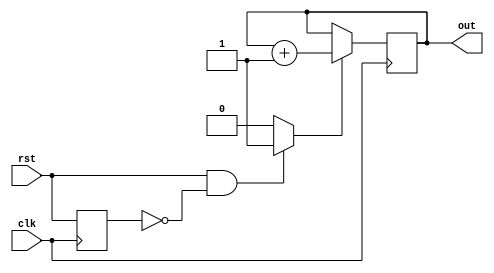
module button (
    input clk,  // clock
    input rst,  // reset
    output[7:0] out
  );
  
  reg [7:0] counter = 8'b0;
  assign out = counter;
  
  reg oldRst, rstPressed;

  /* Combinational Logic */
  always @* begin
    if (rst) begin
      //counter[0] = ~counter[0];
    end
    
    if (rst&&!oldRst) begin
      rstPressed = 1;
    end else begin
      rstPressed = 0;
    end
  end
  
  /* Sequential Logic */
  always @(posedge clk) begin
    oldRst<=rst;
    if (rstPressed) begin
      // Add flip-flop reset values here
      counter = counter + 1;
    end else begin
      // Add flip-flop q <= d statements here
    end
  end
  
endmodule